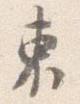
東